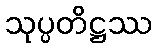
သုပ္ပတိဋ္ဌဿ